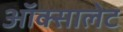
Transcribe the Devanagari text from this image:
ऑक्सालेट